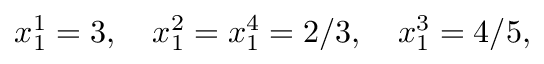
x _ { 1 } ^ { 1 } = 3 , \quad x _ { 1 } ^ { 2 } = x _ { 1 } ^ { 4 } = 2 / 3 , \quad x _ { 1 } ^ { 3 } = 4 / 5 ,